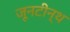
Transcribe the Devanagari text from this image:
जूनटीन्थ